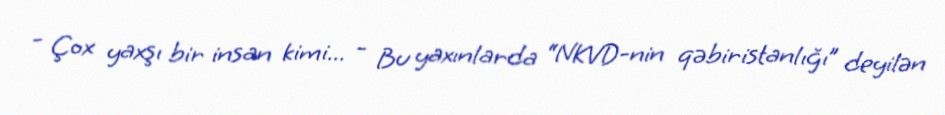
- Çox yaxşı bir insan kimi... - Bu yaxınlarda “NKVD-nin qəbiristanlığı” deyilən